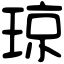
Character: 琼